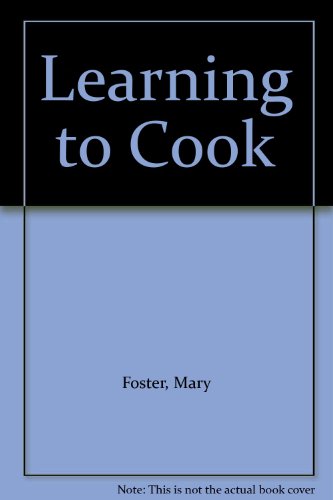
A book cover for Learning to Cook; Mary Foster; Teen & Young Adult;